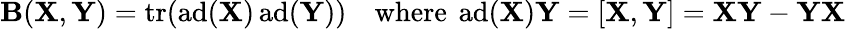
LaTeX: \mathbf{B}(\mathbf{{X}},\mathbf{{Y}})=\operatorname{tr}(\operatorname{ad}(\mathbf{{X}})\operatorname{ad}(\mathbf{{Y}}))\quad{\mathrm{{where~}}}\operatorname{ad}(\mathbf{{X}})\mathbf{{Y}}=[\mathbf{{X}},\mathbf{{Y}}]=\mathbf{{X}}\mathbf{{Y}}-\mathbf{{Y}}\mathbf{{X}}